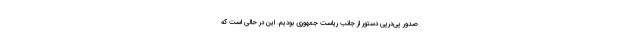
صدور پی‌درپی دستور از جانب ریاست جمهوری بودیم. این در حالی است که